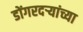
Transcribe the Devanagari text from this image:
डोंगरदऱ्यांच्या